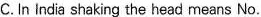
C. In India shaking the head means No.